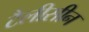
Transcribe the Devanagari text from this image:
टैलीसीन